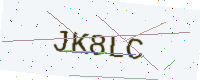
Text: JK8LC